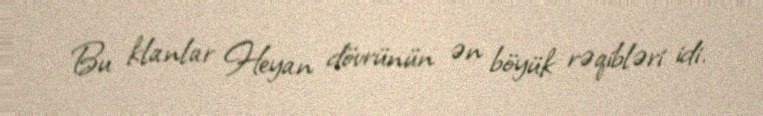
Bu klanlar Heyan dövrünün ən böyük rəqibləri idi.